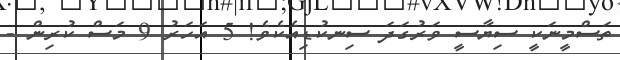
ތަސްމީނަކީ ސިޔާސީ ވަރުގަދަ ސިނކުޑިއެކެވެ! 5 އަހަރު 9 މަސް ކުރިން -